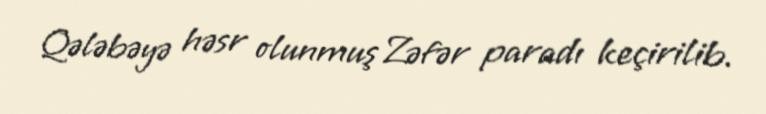
Qələbəyə həsr olunmuş Zəfər paradı keçirilib.